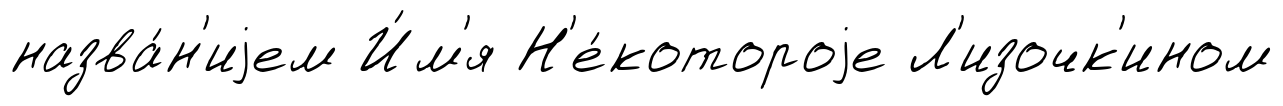
назва́н'иjем И́м'я Н'е́котороjе Л'изочк'ином